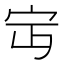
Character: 𡧍